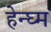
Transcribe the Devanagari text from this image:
हेन्घ्म